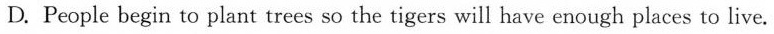
D. People begin to plant trees so the tigers will have enough places to live.